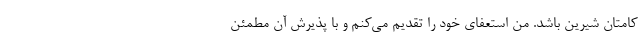
کامتان شیرین باشد. من استعفای خود را تقدیم می‌کنم و با پذیرش آن مطمئن